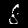
Label: 8